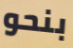
بنحو